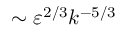
\sim \varepsilon ^ { 2 / 3 } k ^ { - 5 / 3 }